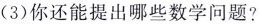
(3)你还能提出哪些数学问题?